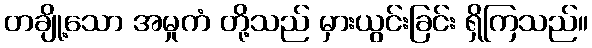
တချို့သော အမှုကံ တို့သည် မှားယွင်းခြင်း ရှိကြသည်။